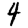
Digit: 4